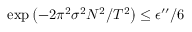
\exp \left( - 2 \pi ^ { 2 } \sigma ^ { 2 } N ^ { 2 } / T ^ { 2 } \right) \le \epsilon ^ { \prime \prime } / 6